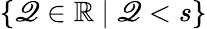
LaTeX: \{ \mathscr{Q}\in\mathbb{{R}}\ \lvert\ \mathscr{Q}<s\}